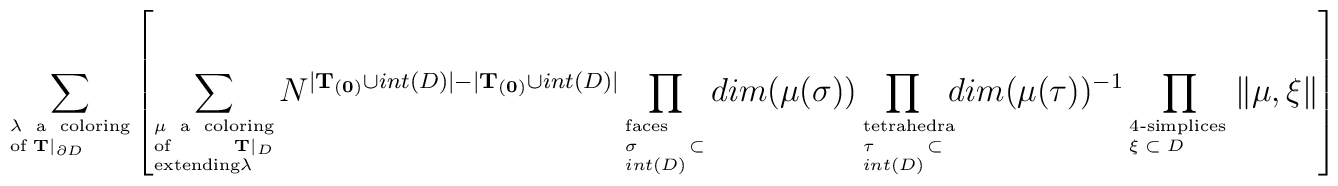
\sum_{\parbox{.6in}{\tiny $\lambda $ a coloring of ${\bf T}|_{\partial D}$}}\left[\sum_{\parbox{.6in}{\tiny $\mu $ a coloring of ${\bf T}|_D$ extending$\lambda$}}N^{|{\bf T_{(0)}} \cup int(D)| - |{\bf T_{(0)}} \cup int(D)|}\prod_{\parbox{.4in}{\tiny faces $\sigma \subset int(D)$} } dim(\mu(\sigma))\prod_{\parbox{.4in}{\tiny tetrahedra $\tau \subset int(D)$}}dim(\mu(\tau))^{-1}\prod_{\parbox{.5in}{\tiny 4-simplices $\xi \subset D$}}\| \mu, \xi \| \right]